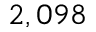
2 , 0 9 8